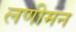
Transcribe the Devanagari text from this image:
लणीमन